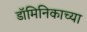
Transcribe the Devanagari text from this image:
डॉमिनिकाच्या